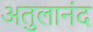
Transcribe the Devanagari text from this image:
अतुलानंद